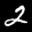
Label: 2